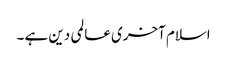
اسلام آخری عالمی دین ہے ۔